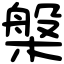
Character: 槃